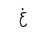
Letter: _gayn